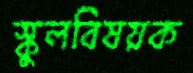
স্কুলবিষয়ক